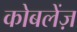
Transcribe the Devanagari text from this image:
कोबलेंज़